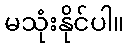
မသုံးနိုင်ပါ။